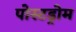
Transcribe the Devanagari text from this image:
पोस्टड्रोम